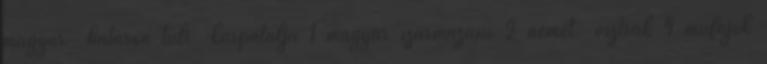
magyar határon túli kárpátalja 1 magyar származású 2 német osztrák 4 műfajok